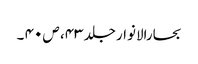
بحارالانوار جلد ۴۳، ص ۴۰ ۔